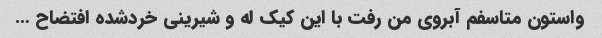
واستون متاسفم آبروی من رفت با این کیک له و شیرینی خردشده افتضاح …